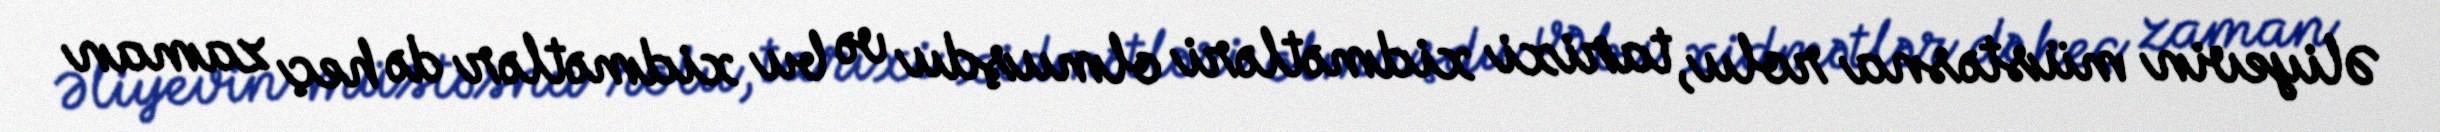
Əliyevin müstəsna rolu, tarixi xidmətləri olmuşdu və bu xidmətlər də heç zaman